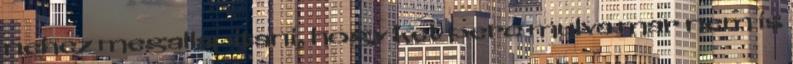
nehez megallapitani, hogy ket perc mulva mar nem is